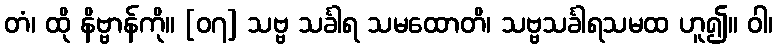
တံ၊ ထို နိဗ္ဗာန်ကို။ [၀၇] သဗ္ဗ သင်္ခါရ သမထောတိ၊ သဗ္ဗသင်္ခါရသမထ ဟူ၍။ ဝါ၊